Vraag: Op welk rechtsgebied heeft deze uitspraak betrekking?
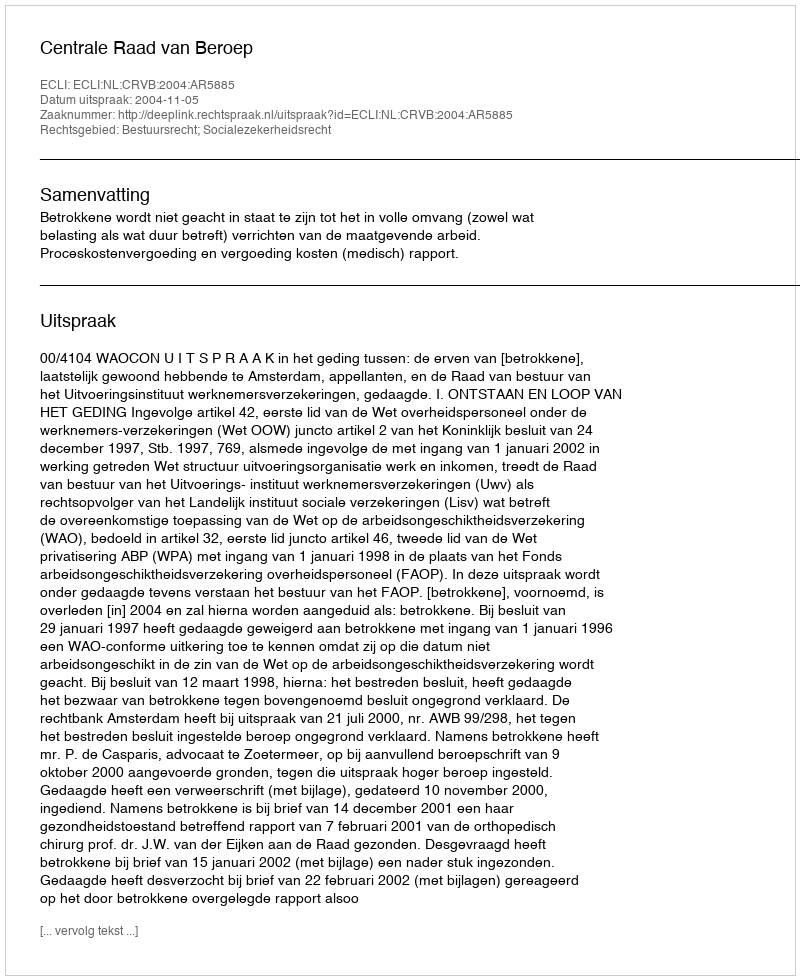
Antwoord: Bestuursrecht; Socialezekerheidsrecht